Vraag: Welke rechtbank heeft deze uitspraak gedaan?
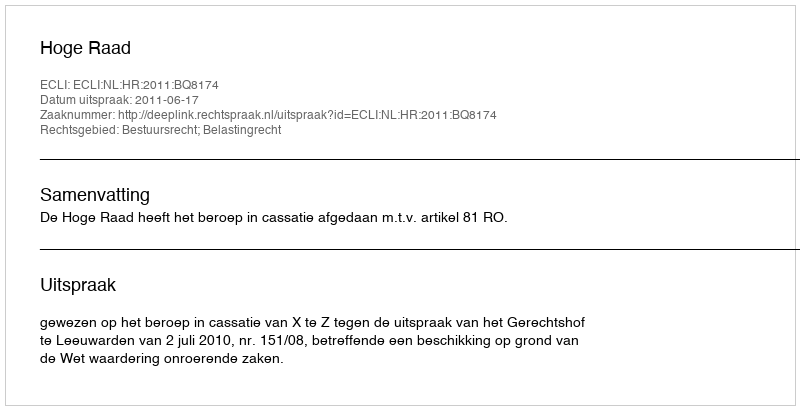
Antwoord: Hoge Raad